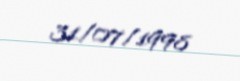
31/07/1998